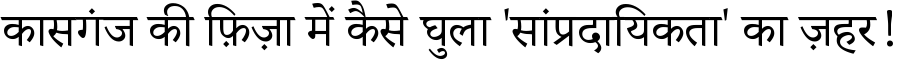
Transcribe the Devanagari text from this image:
कासगंज की फ़िज़ा में कैसे घुला 'सांप्रदायिकता' का ज़हर!